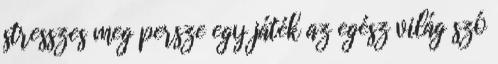
stresszes meg persze egy játék az egész világ szó